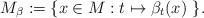
LaTeX: \begin{align*} M_\beta := \{ x \in M : t \mapsto \beta_t(x)\ \} .\end{align*}